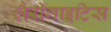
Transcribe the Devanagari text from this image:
लैरींगाइटिस